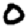
Digit: 0